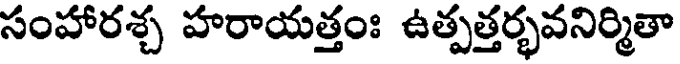
సంహారశ్చ హరాయత్తంః ఉత్పత్తర్భవనిర్మితా